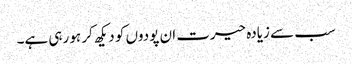
سب سے زیادہ حیرت ان پودوں کو دیکھ کر ہو رہی ہے۔